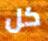
كل